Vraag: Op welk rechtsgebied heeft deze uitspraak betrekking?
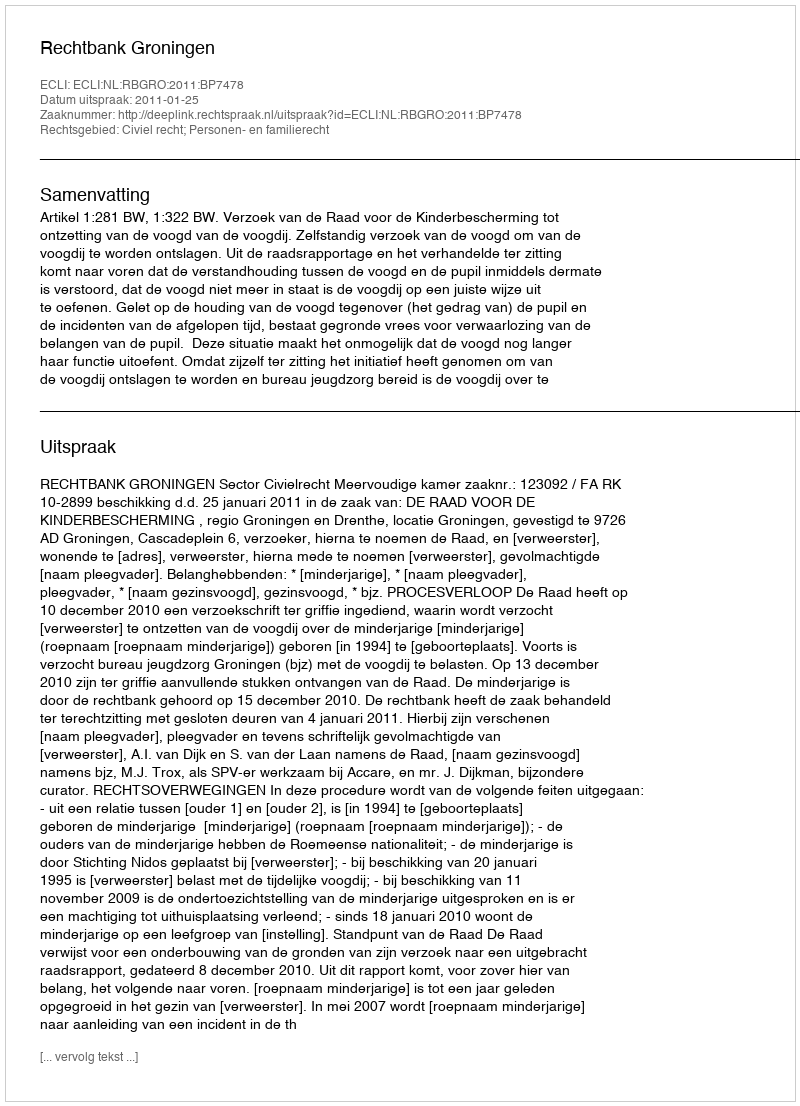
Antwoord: Civiel recht; Personen- en familierecht